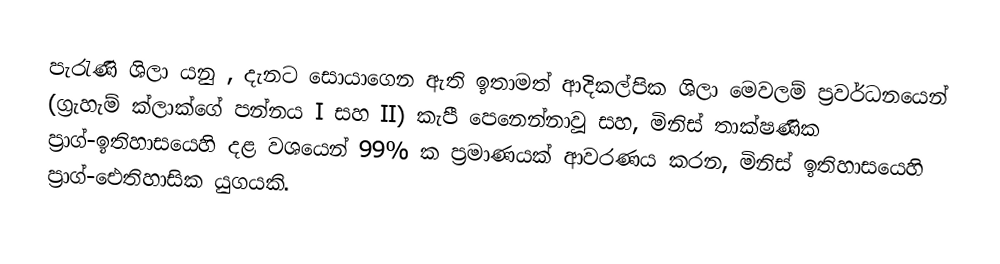
පැරැණි ශිලා යනු , දැනට සොයාගෙන ඇති ඉතාමත් ආදිකල්පික ශිලා මෙවලම් ප්‍රවර්ධනයෙන් (ග්‍රැහැම් ක්ලාක්ගේ පන්නය I සහ II) කැපී පෙනෙන්නාවූ සහ, මිනිස් තාක්ෂණික  ප්‍රාග්-ඉතිහාසයෙහි දළ වශයෙන් 99% ක ප්‍රමාණයක් ආවරණය කරන,   මිනිස් ඉතිහාසයෙහි ප්‍රාග්-ඓතිහාසික යුගයකි.